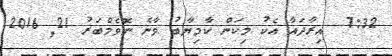
7:32  އިރާދައާ އެކު މިކަން ކާމިޔާބު ވާނެ ނޮވެމްބަރު 21